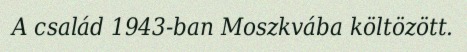
A család 1943-ban Moszkvába költözött.